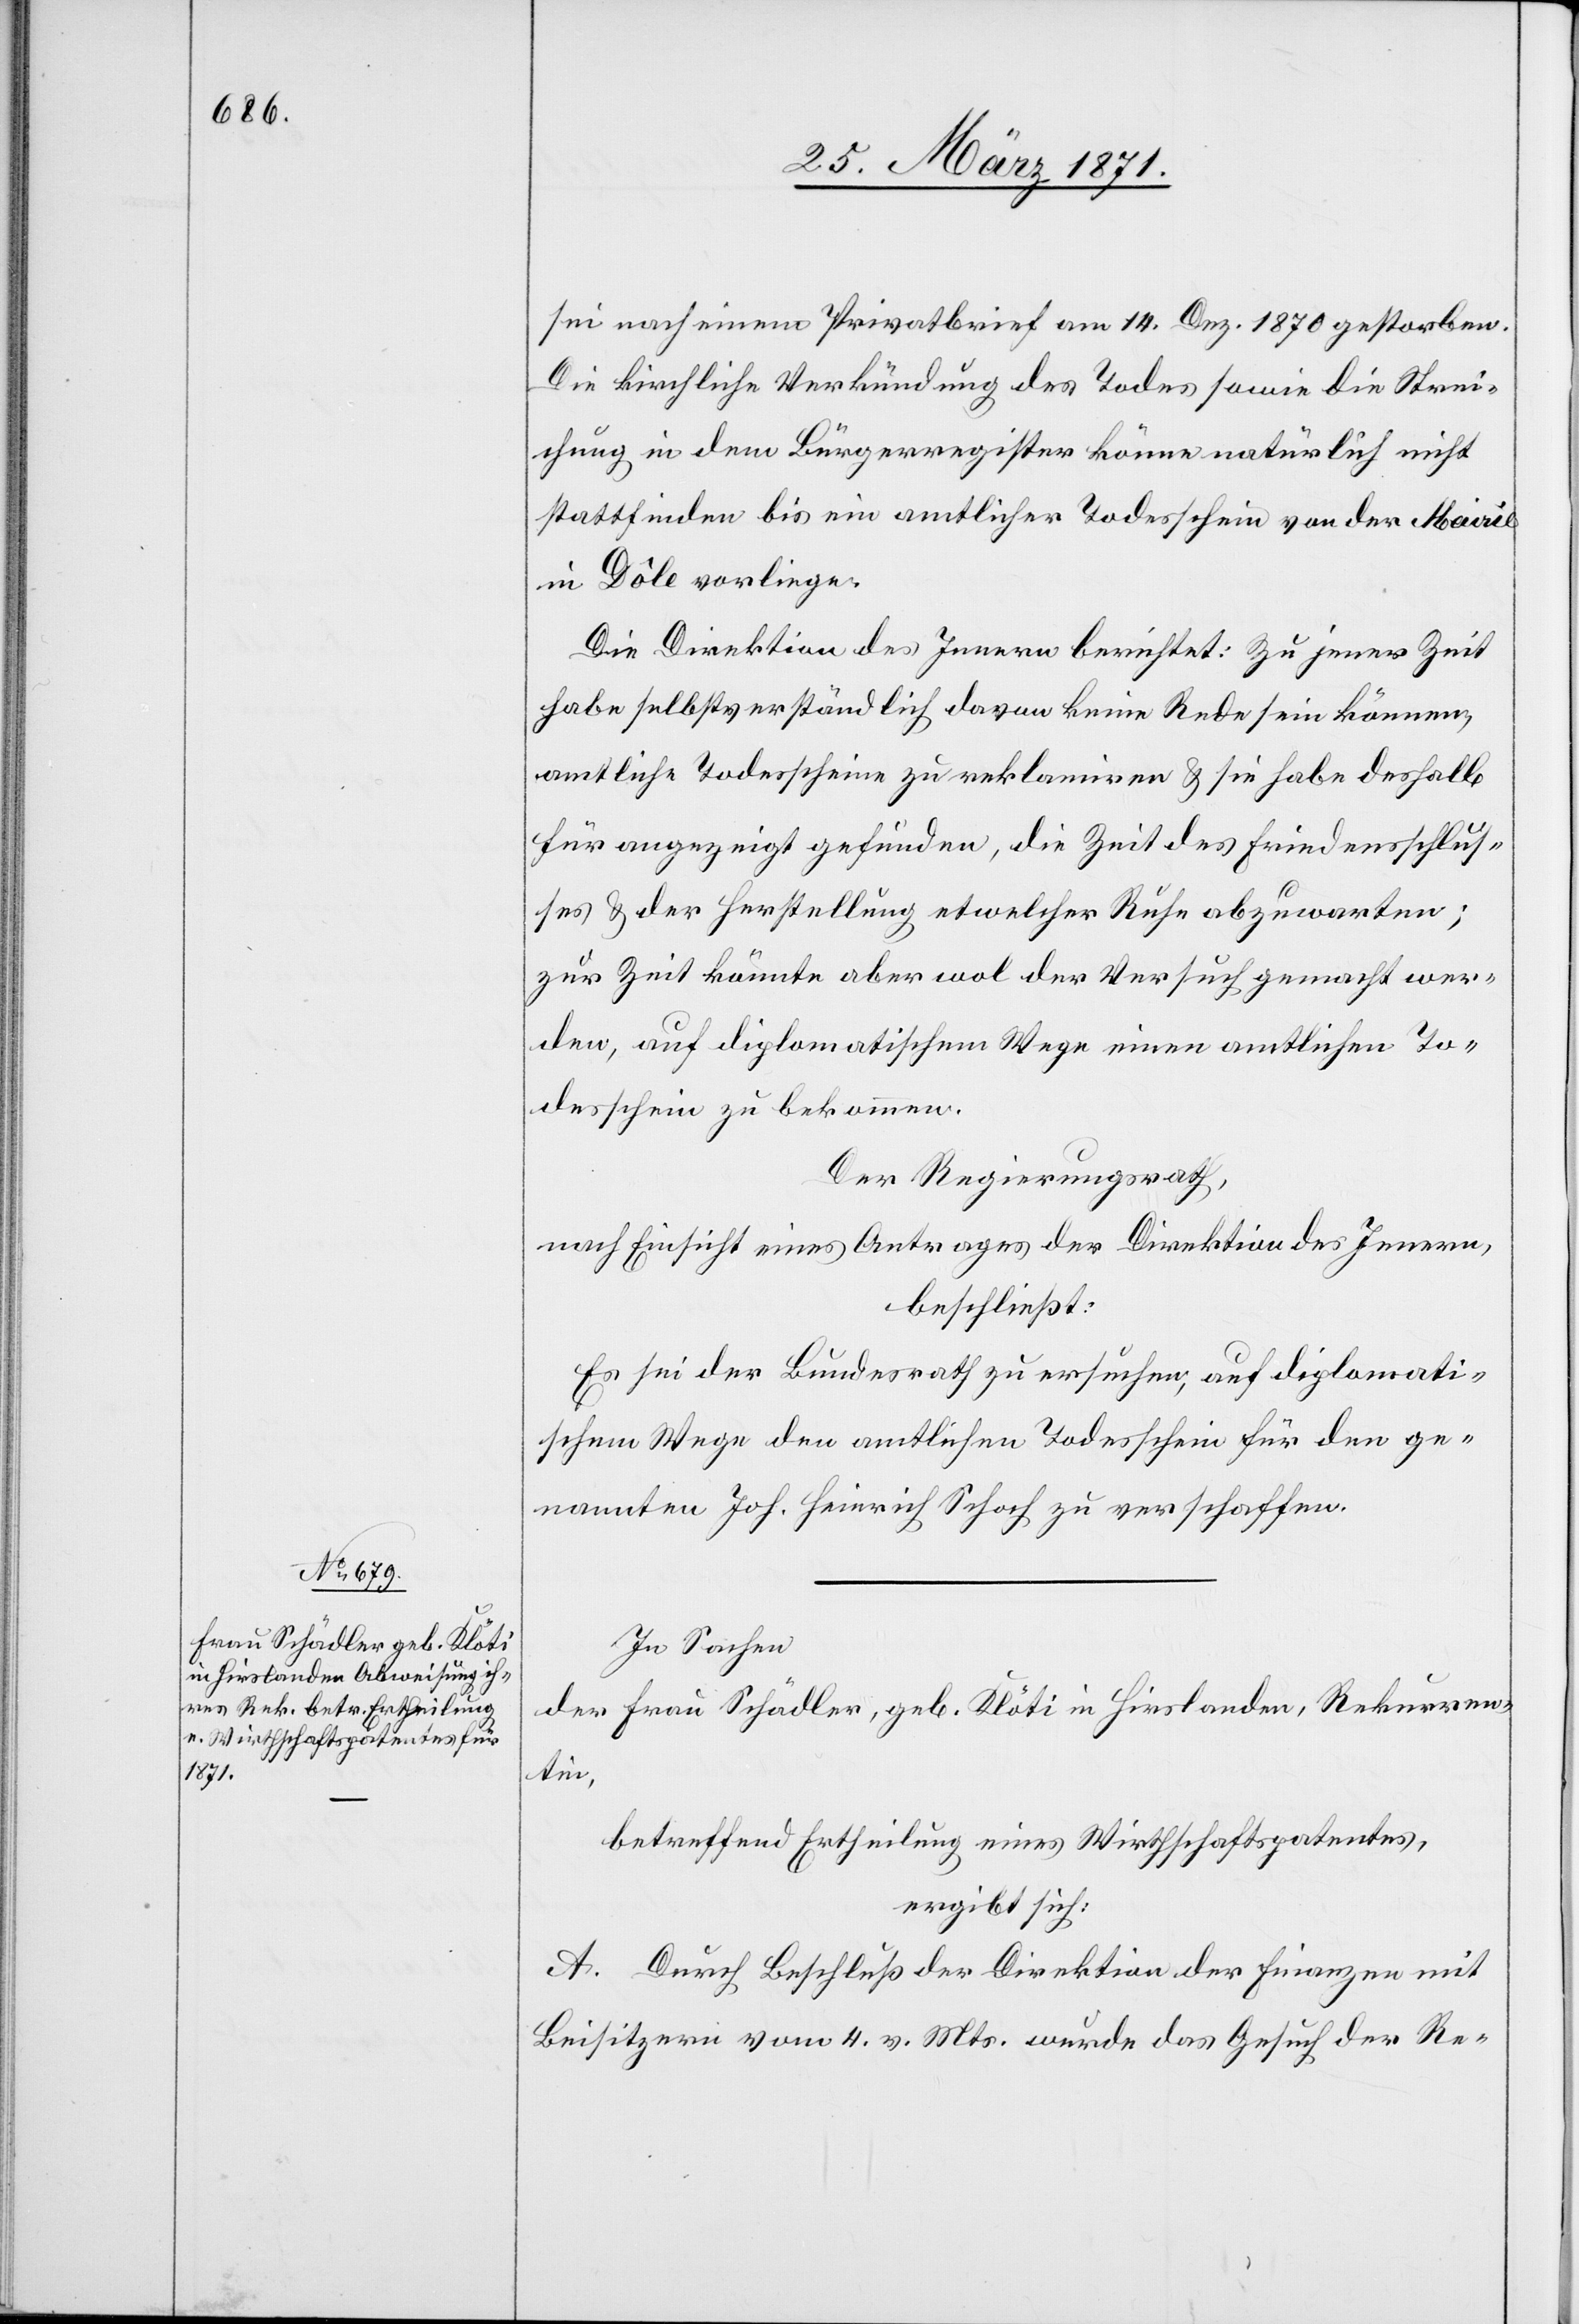
sei nach einem Privatbrief am 14. Dez. 1870 gestorben.
Die kirchliche Verkündung des Todes sowie die Strei¬
chung in dem Bürgerregister könne natürlich nicht
stattfinden bis ein amtlicher Todesschein von der Mairie
in Dôle vorliege.
Die Direktion des Innern berichtet: Zu jener Zeit
habe selbstverständlich davon keine Rede sein können,
amtliche Todesscheine zu reklamiren u. sie habe deshalb
für angezeigt gefunden, die Zeit des Friedensschlus¬
ses u. der Herstellung etwelcher Ruhe abzuwarten;
zur Zeit könnte aber wol der Versuch gemacht wer¬
den, auf diplomatischem Wege einen amtlichen To¬
desschein zu bekommen.
Der Regierungsrath,
nach Einsicht eines Antrages der Direktion des Innern,
beschließt:
Es sei der Bundesrath zu ersuchen, auf diplomati¬
schem Wege den amtlichen Todesschein für den ge¬
nannten Joh. Heinrich Schoch zu verschaffen.
In Sachen
der Frau Schädler, geb. Klöti in Hirslanden, Rekurren¬
tin,
betreffend Ertheilung eines Wirthschaftspatentes,
ergibt sich:
A. Durch Beschluß der Direktion der Finanzen mit
Beisitzern vom 4. v. Mts. wurde das Gesuch der Re-